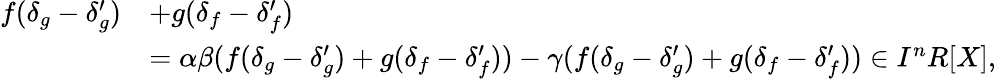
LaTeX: {\begin{array}{rl}{f(\delta_{g}-\delta_{g}^{\prime})}&{+g(\delta_{f}-\delta_{f}^{\prime})}\\ &{=\alpha\beta(f(\delta_{g}-\delta_{g}^{\prime})+g(\delta_{f}-\delta_{f}^{\prime}))-\gamma(f(\delta_{g}-\delta_{g}^{\prime})+g(\delta_{f}-\delta_{f}^{\prime}))\in I^{n}R[X],}\end{array}}